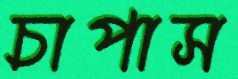
চাপাস